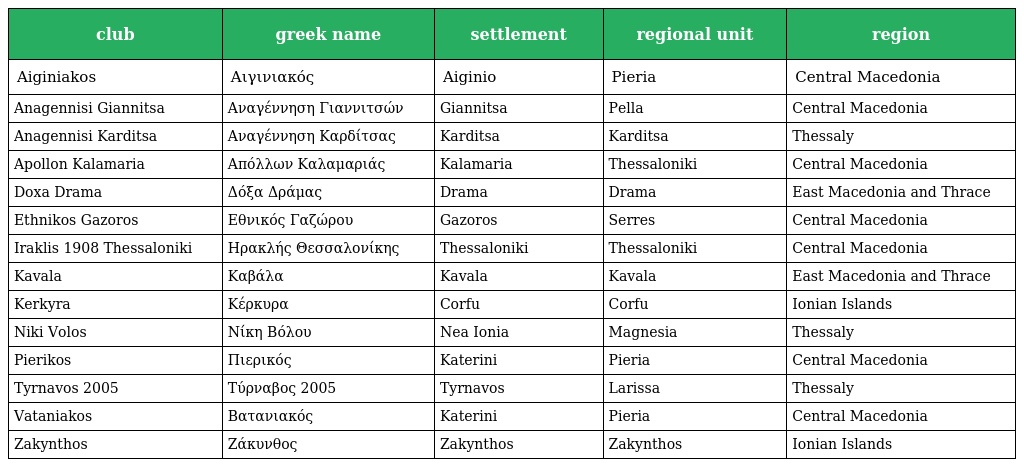
| club | greek name | settlement | regional unit | region |
 | --- | --- | --- | --- | --- |
 | Aiginiakos | Αιγινιακός | Aiginio | Pieria | Central Macedonia |
 | Anagennisi Giannitsa | Αναγέννηση Γιαννιτσών | Giannitsa | Pella | Central Macedonia |
 | Anagennisi Karditsa | Αναγέννηση Καρδίτσας | Karditsa | Karditsa | Thessaly |
 | Apollon Kalamaria | Απόλλων Καλαμαριάς | Kalamaria | Thessaloniki | Central Macedonia |
 | Doxa Drama | Δόξα Δράμας | Drama | Drama | East Macedonia and Thrace |
 | Ethnikos Gazoros | Εθνικός Γαζώρου | Gazoros | Serres | Central Macedonia |
 | Iraklis 1908 Thessaloniki | Ηρακλής Θεσσαλονίκης | Thessaloniki | Thessaloniki | Central Macedonia |
 | Kavala | Καβάλα | Kavala | Kavala | East Macedonia and Thrace |
 | Kerkyra | Κέρκυρα | Corfu | Corfu | Ionian Islands |
 | Niki Volos | Νίκη Βόλου | Nea Ionia | Magnesia | Thessaly |
 | Pierikos | Πιερικός | Katerini | Pieria | Central Macedonia |
 | Tyrnavos 2005 | Τύρναβος 2005 | Tyrnavos | Larissa | Thessaly |
 | Vataniakos | Βατανιακός | Katerini | Pieria | Central Macedonia |
 | Zakynthos | Ζάκυνθος | Zakynthos | Zakynthos | Ionian Islands |